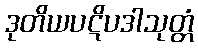
ဒုတိယပဋိပဒါသုတ္တံ